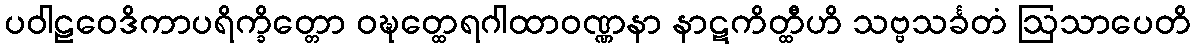
ပဝါဠဝေဒိကာပရိက္ခိတ္တော ဝဍ္ဎတ္ထေရဂါထာဝဏ္ဏနာ နာဋကိတ္ထီဟိ သဗ္ဗသင်္ခတံ ဩသာပေတိ